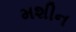
મશીન